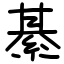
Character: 綦